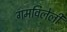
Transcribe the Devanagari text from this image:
गमविलेली